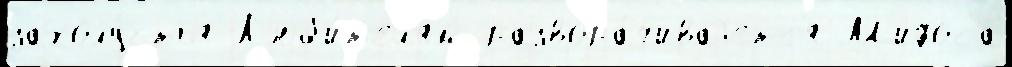
захолу́стья Л'юб'и́т'ел'ям развора́чиваjетс'я М'ифоса